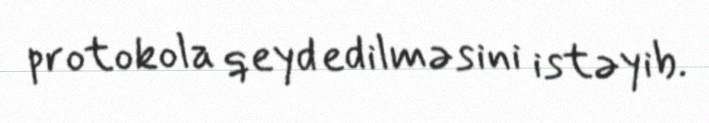
protokola qeyd edilməsini istəyib.